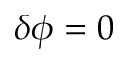
\delta \phi = 0